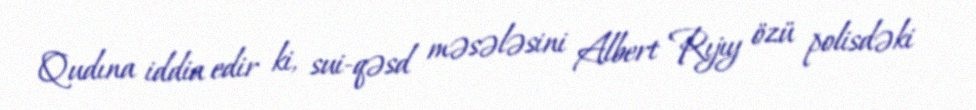
Qudına iddia edir ki, sui-qəsd məsələsini Albert Rıjıy özü polisdəki